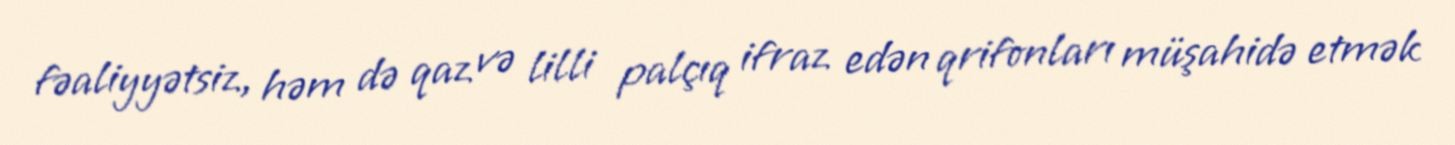
fəaliyyətsiz, həm də qaz və lilli palçıq ifraz edən qrifonları müşahidə etmək